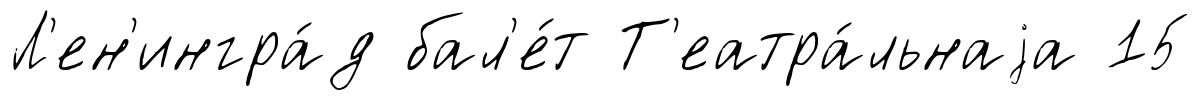
Л'ен'ингра́д бал'е́т Т'еатра́льнаjа 15